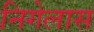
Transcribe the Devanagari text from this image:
निगेलास